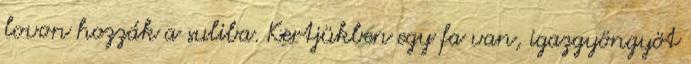
lovon hozzák a suliba. Kertjükben egy fa van, igazgyöngyöt